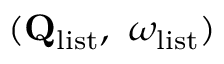
( \mathbf { Q } _ { \mathrm { l i s t } } , \ \omega _ { \mathrm { l i s t } } )